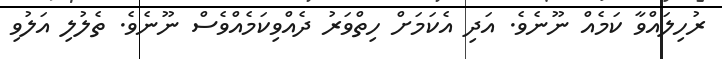
ރުހިލައްވާ ކަމެއް ނޫނެވެ. އަދި އެކަމަށް ހިތްވަރު ދެއްވިކަމެއްވެސް ނޫނެވެ. ތެލުލި އަލުވި